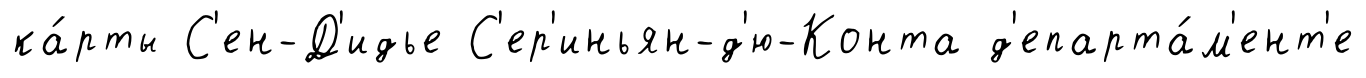
ка́рты С'ен-Д'идье С'ер'иньян-д'ю-Конта д'епарта́м'ент'е